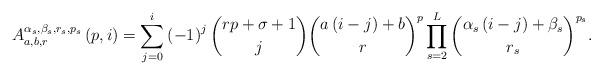
LaTeX: \begin{align*}A_{a,b,r}^{\alpha _{s},\beta _{s},r_{s},p_{s}}\left( p,i\right)=\sum_{j=0}^{i}\left( -1\right) ^{j}\binom{rp+\sigma +1}{j}\binom{a\left(i-j\right) +b}{r}^{p}\prod_{s=2}^{L}\binom{\alpha _{s}\left( i-j\right)+\beta _{s}}{r_{s}}^{p_{s}}. \end{align*}